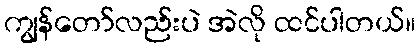
ကျွန်တော်လည်းပဲ အဲလို ထင်ပါတယ်။